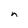
Character: n